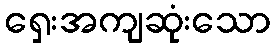
ရှေးအကျဆုံးသော